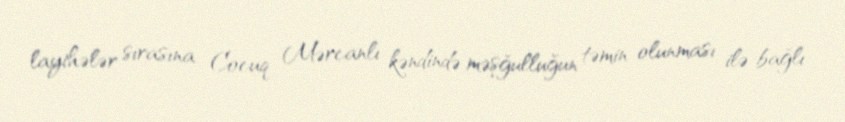
layihələr sırasına Cocuq Mərcanlı kəndində məşğulluğun təmin olunması ilə bağlı